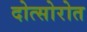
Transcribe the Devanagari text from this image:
दोत्सोरोत